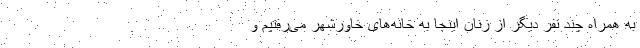
به همراه چند نفر دیگر از زنان اینجا به خانه‌های خاورشهر می‌رفتیم و